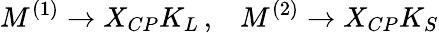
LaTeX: M^{(1)}\to X_{CP}K_{L}\, ,\; \; \; M^{(2)}\to X_{CP}K_{S}